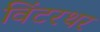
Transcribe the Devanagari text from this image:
विंटरथर